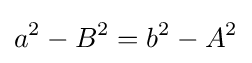
a^{2}-B^{2}=b^{2}-A^{2}